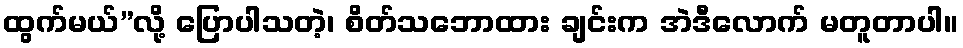
ထွက်မယ်”လို့ ပြောပါသတဲ့၊ စိတ်သဘောထား ချင်းက အဲဒီလောက် မတူတာပါ။